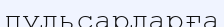
пульсарларға